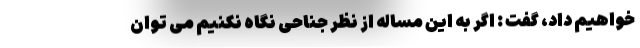
خواهیم داد، گفت : اگر به این مساله از نظر جناحی نگاه نکنیم می توان